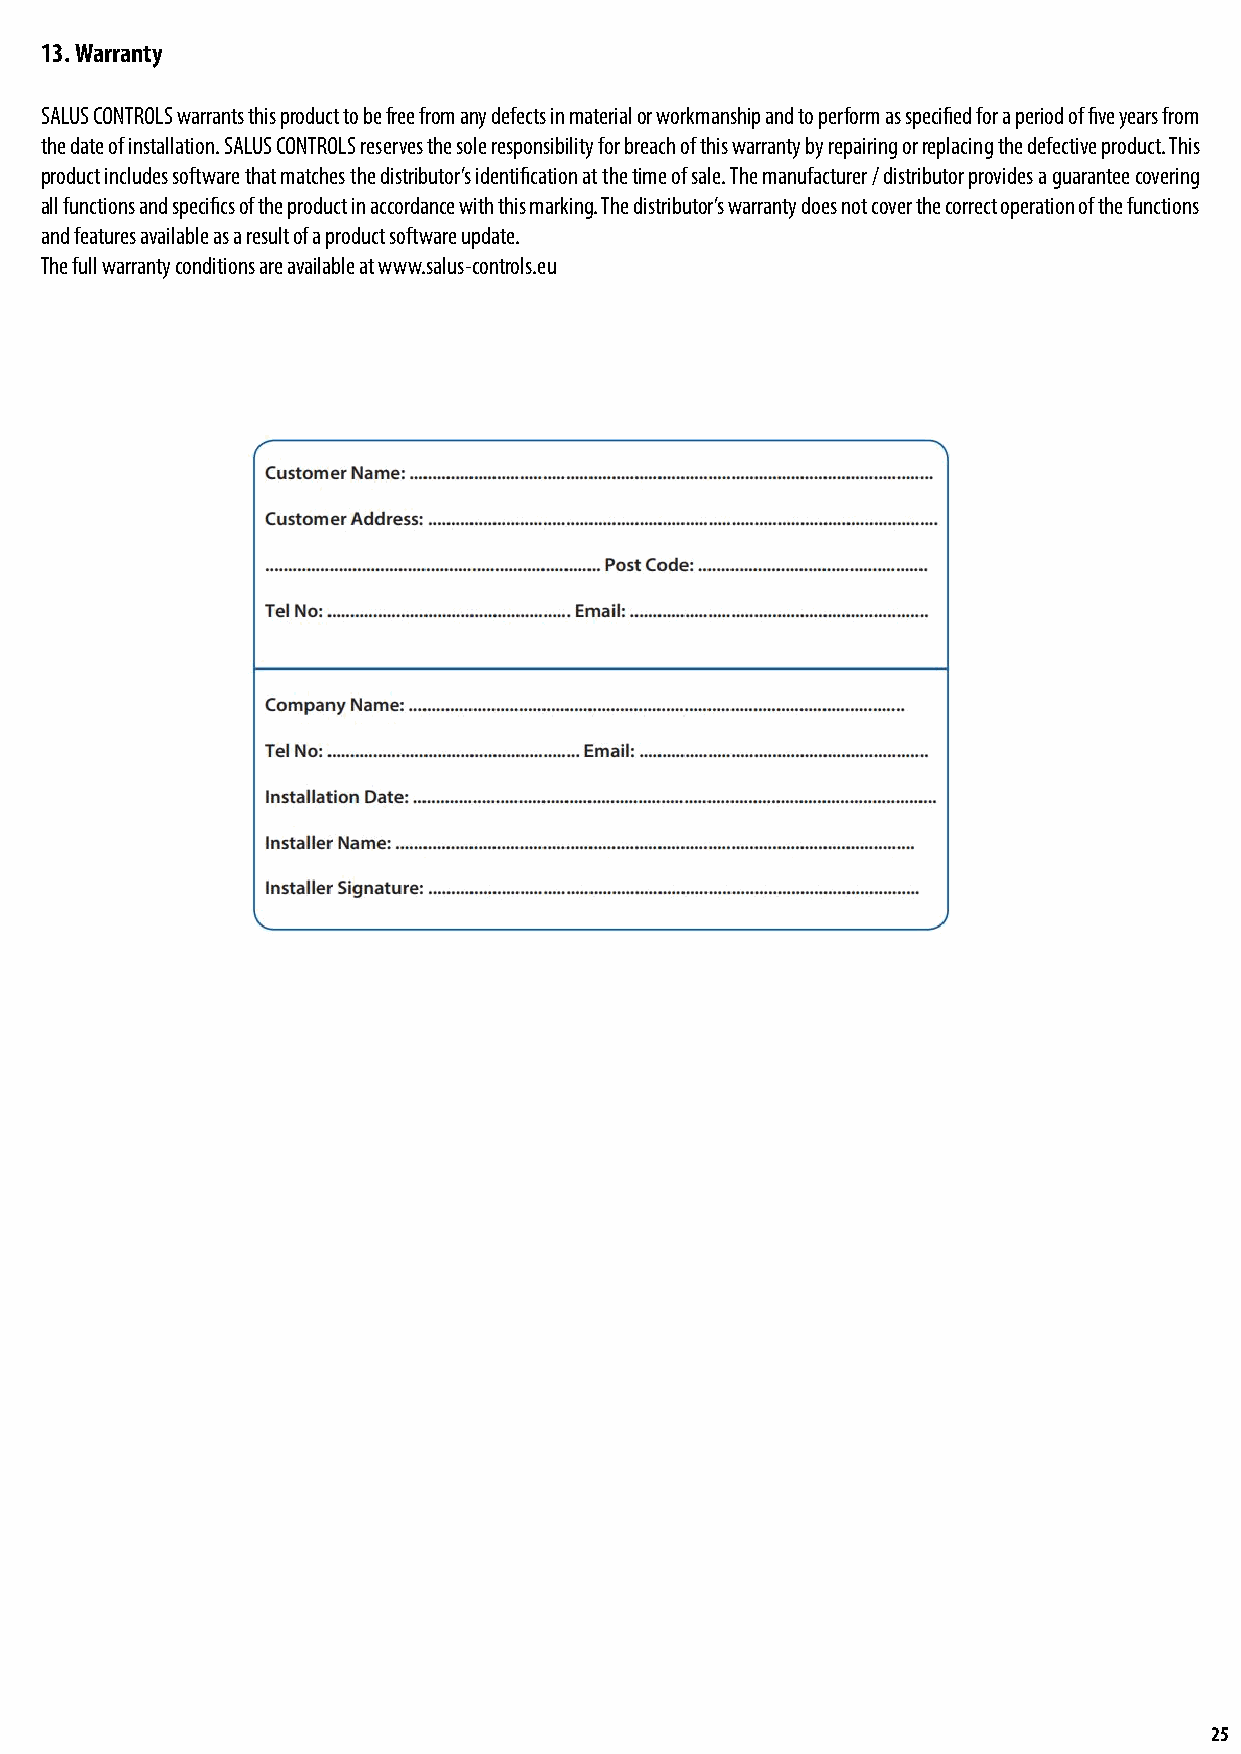
13. Warranty
 SALUS CONTROLS warrants this product to be free from any defects in material or workmanship and to perform as specified for a period of five years from
 the date of installation. SALUS CONTROLS reserves the sole responsibility for breach of this warranty by repairing or replacing the defective product. This
 product includes software that matches the distributor’s identification at the time of sale. The manufacturer / distributor provides a guarantee covering
 all functions and specifics of the product in accordance with this marking. The distributor’s warranty does not cover the correct operation of the functions
 and features available as a result of a product software update.
 The full warranty conditions are available at www.salus-controls.eu
 25